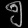
Digit: ၅